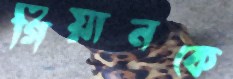
গিয়ানকে